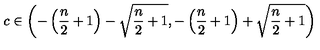
c \in \left( - \left( { \frac { n } { 2 } } + 1 \right) - \sqrt { { \frac { n } { 2 } } + 1 } , - \left( { \frac { n } { 2 } } + 1 \right) + \sqrt { { \frac { n } { 2 } } + 1 } \right)